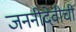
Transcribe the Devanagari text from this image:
जननीदेवीची